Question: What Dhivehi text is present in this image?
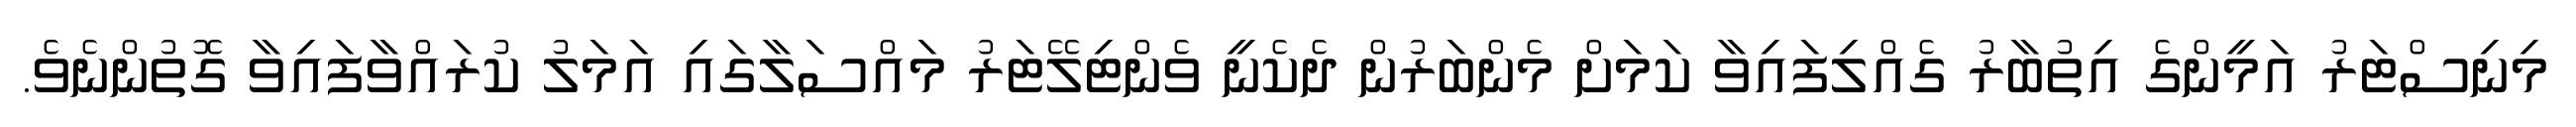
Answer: މިނިސްޓަރު އަމީންގެ އިތުބާރު ގެއްލިފައިވާ ކަމަށް މެންބަރުން ދެކެނީ ވެންޓިލޭޓަރު މައްސަލާގައި އަމަލު ކުރައްވާފައިވާ ގޮތުންނެވެ.